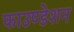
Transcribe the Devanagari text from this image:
फाउण्‍डेशन